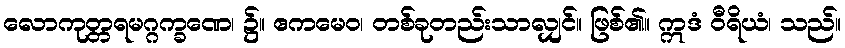
လောကုတ္တရမဂ္ဂက္ခဏေ၊ ၌။ ဧကမေဝ၊ တစ်ခုတည်းသာလျှင်။ ဖြစ်၏။ ဣဒံ ဝီရိယံ၊ သည်။